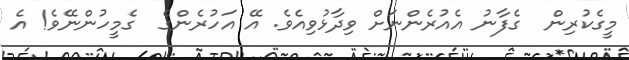
މީގެކުރިން  ގެފާނު އެއުރެންނަށް ވިދާޅުވިއެވެ. އޭ އަހުރެންގެ  ގެމީހުންނޭވެ! އެ